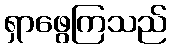
ရှာဖွေကြသည်